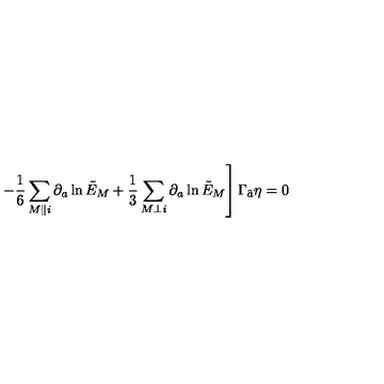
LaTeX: \qquad \qquad \qquad \left. - { \frac { 1 } { 6 } } \sum _ { M \parallel i } \partial _ { a } \ln \tilde { E } _ { M } + { \frac { 1 } { 3 } } \sum _ { M \perp i } \partial _ { a } \ln \tilde { E } _ { M } \right] \Gamma _ { \hat { a } } \eta = 0